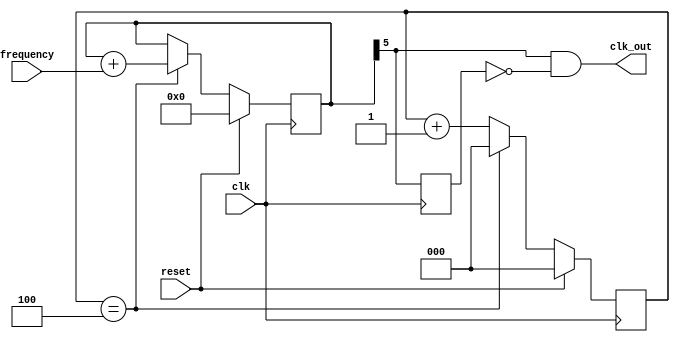
module clock_gen (
                  clk,
                  reset,
                  frequency,
                  clk_out
                  );
parameter DDS_PRESCALE_NDIV_PP = 5;    
parameter DDS_PRESCALE_BITS_PP = 3;
parameter DDS_BITS_PP  = 6;
input clk;
input reset;
input[DDS_BITS_PP-2:0] frequency;
output clk_out;
wire pulse;
wire dds_clk;
wire [DDS_BITS_PP-2:0] dds_phase_increment = frequency; 
reg delayed_pulse;
reg [DDS_PRESCALE_BITS_PP-1:0] dds_prescale_count;
reg [DDS_BITS_PP-1:0] dds_phase;
always @(posedge clk)
begin
  if (reset) dds_prescale_count <= 0;
  else if (dds_prescale_count == (DDS_PRESCALE_NDIV_PP-1))
    dds_prescale_count <= 0;
  else dds_prescale_count <= dds_prescale_count + 1;
end
assign dds_clk = (dds_prescale_count == (DDS_PRESCALE_NDIV_PP-1));
always @(posedge clk)
begin
  if (reset) dds_phase <= 0;
  else if (dds_clk) dds_phase <= dds_phase + dds_phase_increment;
end
assign pulse = dds_phase[DDS_BITS_PP-1]; 
always @(posedge clk)
begin
  delayed_pulse <= pulse;
end
assign clk_out = (pulse && ~delayed_pulse);  
endmodule